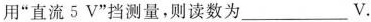
“直流5V”挡测量，则读数为___V.